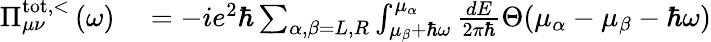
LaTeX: \begin{array}{rl}{\Pi_{\mu\nu}^{\mathrm{tot,<}}\left(\omega\right)}&{{}=-ie^{2}\hbar\sum_{\alpha,\beta=L,R}\int_{\mu_{\beta}+\hbar\omega}^{\mu_{\alpha}}\frac{dE}{2\pi\hbar}\Theta(\mu_{\alpha}-\mu_{\beta}-\hbar\omega)}\end{array}